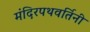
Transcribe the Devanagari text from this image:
मंदिरपथवर्तिनी